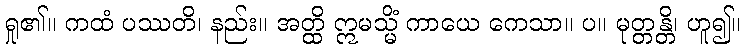
ရှု၏။ ကထံ ပဿတိ၊ နည်း။ အတ္ထိ ဣမသ္မိံ ကာယေ ကေသာ။ ပ။ မုတ္တန္တိ၊ ဟူ၍။